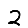
Digit: 2